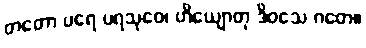
တတော ပရေ ပရသုဝေ၊ ဟိယျောတု ဒိဝသေ ဂတေ။